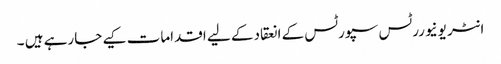
انٹر یونیوررٹس سپورٹس کے انعقاد کے لیے اقدامات کیے جارہے ہیں ۔